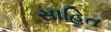
સાહિત